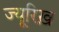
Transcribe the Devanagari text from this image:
ज्यू़रिख़